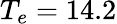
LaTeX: T_{e}=14.2